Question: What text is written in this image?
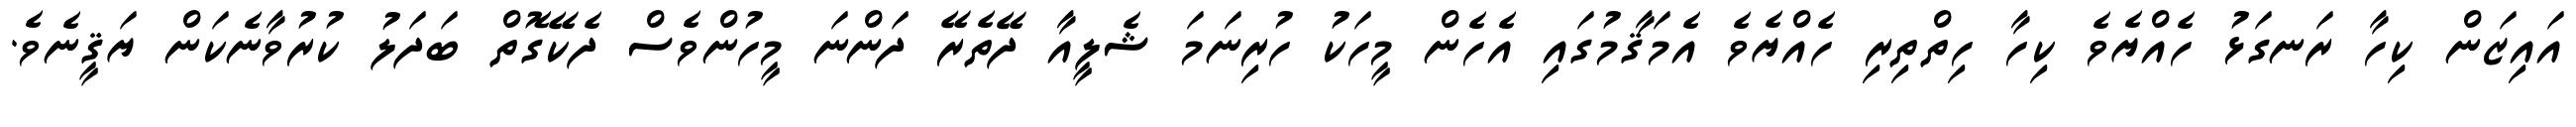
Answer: އައިޒަން ކިހާ ރަނގަޅު ހެއްޔެވެ ކިހާ ހިތްތިރި ހެއްޔެވެ އެމަޤާމުގައި އެހެން މީހަކު ހުރިނަމަ ޝެލީއާ ދޭތެރޭ ދަންނަ މީހުންވެސް ދެކޭގޮތް ބަދަލު ކުރުވާނެކަން ޔަޤީނެވެ.